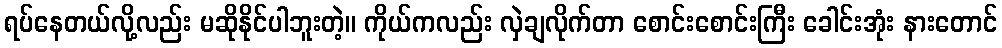
ရပ်နေတယ်လို့လည်း မဆိုနိုင်ပါဘူးတဲ့။ ကိုယ်ကလည်း လှဲချလိုက်တာ စောင်းစောင်းကြီး ခေါင်းအုံး နားတောင်